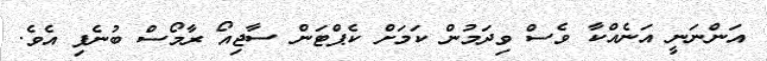
އަންނަނީ އަނެއްކާ ވެސް ވިދަމުން ކަމަށް ކެޕްޓަން ސާޖިއޯ ރާމޯސް ބުނެފި އެވެ.